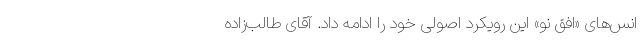
انس‌های «افق نو» این رویکرد اصولی خود را ادامه داد. آقای طالب‌زاده